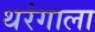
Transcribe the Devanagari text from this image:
थरंगाला